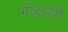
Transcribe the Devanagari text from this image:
गंडासी